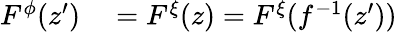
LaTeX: \begin{array}{rl}{F^{\phi}(z^{\prime})}&{{}=F^{\xi}(z)=F^{\xi}(f^{-1}(z^{\prime}))}\end{array}